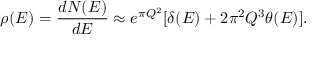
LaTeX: \rho ( E ) = { \frac { d N ( E ) } { d E } } \approx e ^ { \pi Q ^ { 2 } } [ \delta ( E ) + 2 \pi ^ { 2 } Q ^ { 3 } \theta ( E ) ] .